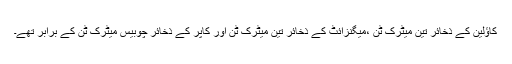
کاؤلین کے ذخائر تین میٹرک ٹن ،میگنزائٹ کے ذخائر تین میٹرک ٹن اور کاپر کے ذخائر چوبیس میٹرک ٹن کے برابر تھے۔